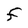
Character: F